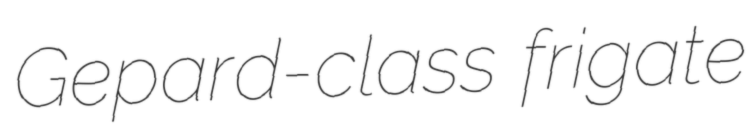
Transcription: Gepard-class frigate